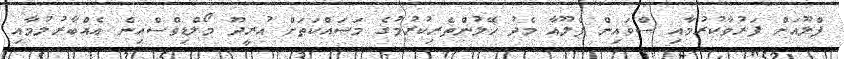
ފްލޫއަށް ފަރުވާކުރުމާއި ސްވައިން ފްލޫއާ މެދު ހޭލުންތެރިކުރުމުގެ މަސައްކަތަށް އުރީދޫ މޯލްޑިވްސްއިން އެއްބާރުލުމާއި